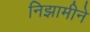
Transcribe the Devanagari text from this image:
निझामीने